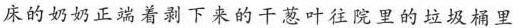
床的奶奶正端着剥下来的干葱叶往院里的垃圾桶里